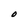
Character: O